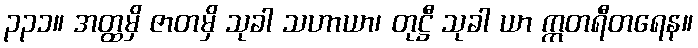
၃၃၁။ အတ္ထမှိ ဇာတမှိ သုခါ သဟာယာ၊ တုဋ္ဌီ သုခါ ယာ ဣတရီတရေန။